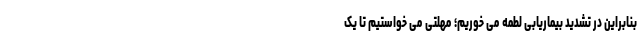
بنابراین در تشدید بیماریابی لطمه می خوریم؛ مهلتی می خواستیم تا یک